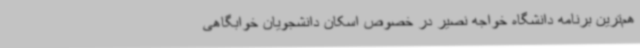
هم‌ترین برنامه دانشگاه خواجه نصیر در خصوص اسکان دانشجویان خوابگاهی